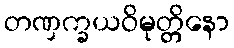
တဏှက္ခယဝိမုတ္တိနော